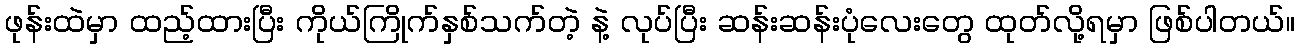
ဖုန်းထဲမှာ ထည့်ထားပြီး ကိုယ်ကြိုက်နှစ်သက်တဲ့ နဲ့ လုပ်ပြီး ဆန်းဆန်းပုံလေးတွေ ထုတ်လို့ရမှာ ဖြစ်ပါတယ်။